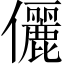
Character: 儷